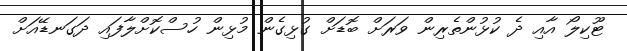
ޓޫކިލޯ އާއި ދެ ކުޅުންތެރިން ވަރަށް ބޮޑަށް ގުޅިގެން މުޅިން ހުސްކޮށްލާފައި ދަގަނޑޭއަށް